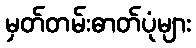
မှတ်တမ်းဓာတ်ပုံများ